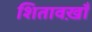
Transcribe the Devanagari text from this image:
शितावख़ाँ